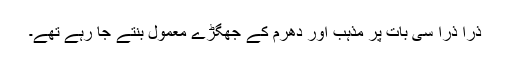
ذرا ذرا سی بات پر مذہب اور دھرم کے جھگڑے معمول بنتے جا رہے تھے۔